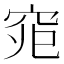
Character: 𱶴